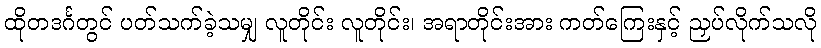
ထိုတဒင်္ဂတွင် ပတ်သက်ခဲ့သမျှ လူတိုင်း လူတိုင်း၊ အရာတိုင်းအား ကတ်ကြေးနှင့် ညှပ်လိုက်သလို